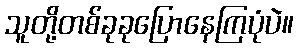
သူတို့တစ်ခုခုပြောနေကြပုံပဲ။